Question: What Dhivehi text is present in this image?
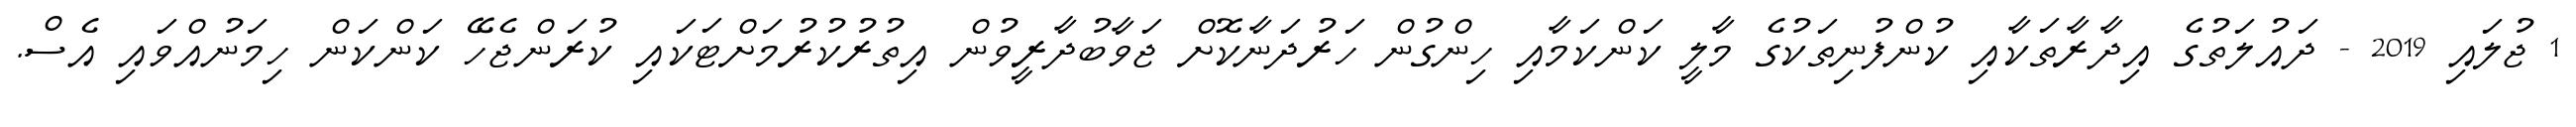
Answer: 1 ޖުލައި 2019 - ދައުލަތުގެ އިދާރާތަކާއި ކުންފުނިތަކުގެ މާލީ ކަންކަމާއި ހިންގުން ހަރުދަނާކޮށް ޖަވާބުދާރީވުން އިތުރުކުރުމަށްޓަކައި ކުރަންޖެހޭ ކަންކަން ހިމަނުއްވައި އެސް.